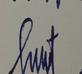
Signature authenticity: genuine